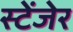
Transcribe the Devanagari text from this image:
स्टेंजेर